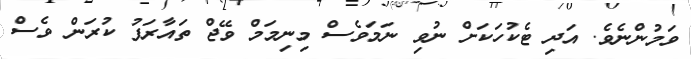
ވަމުންނެވެ. އަދި ޓެކުހަކަށް ނުވި ނަމަވެސް މިނިމަމް ވޭޖް ތައާރަފު ކުރަން ވެސް